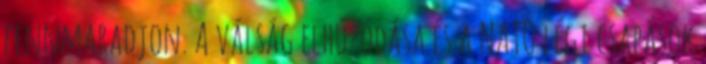
fennmaradjon. A válság elhúzódása és a NATO légi csapások